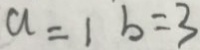
a = 1 b = 3